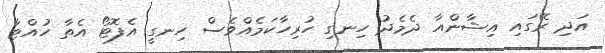
އަދި ރޭގައި އިޝާންއާ ދެމެދު ހިނގި ހުރިހާކަމެއްވެސް ހިނގީ އެފޮޓޯ އެތާ ހުއްޓާ